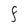
Character: F